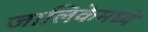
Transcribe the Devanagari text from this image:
जालिकेमध्ये